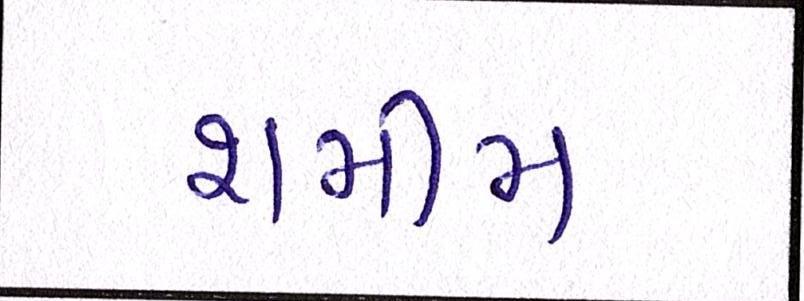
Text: શમીમ